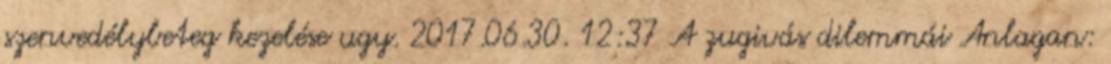
szenvedélybeteg kezelése ugy. 2017.06.30. 12:37 A zugivás dilemmái Anlagan: